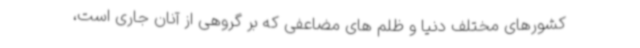
کشورهای مختلف دنیا و ظلم های مضاعفی که بر گروهی از آنان جاری است،